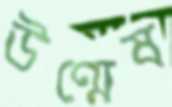
উণ্মেষ